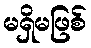
မရှိမဖြစ်